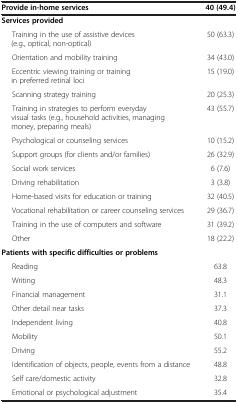
<table><thead><tr><td><b>Provide in-home services</b></td><td><b>40 (49.4)</b></td></tr></thead><tbody><tr><td><b>Services provided</b></td><td> </td></tr><tr><td>Training in the use of assistive devices (e.g., optical, non-optical)</td><td>50 (63.3)</td></tr><tr><td>Orientation and mobility training</td><td>34 (43.0)</td></tr><tr><td>Eccentric viewing training or training in preferred retinal loci</td><td>15 (19.0)</td></tr><tr><td>Scanning strategy training</td><td>20 (25.3)</td></tr><tr><td>Training in strategies to perform everyday visual tasks (e.g., household activities, managing money, preparing meals)</td><td>43 (55.7)</td></tr><tr><td>Psychological or counseling services</td><td>10 (15.2)</td></tr><tr><td>Support groups (for clients and/or families)</td><td>26 (32.9)</td></tr><tr><td>Social work services</td><td>6 (7.6)</td></tr><tr><td>Driving rehabilitation</td><td>3 (3.8)</td></tr><tr><td>Home-based visits for education or training</td><td>32 (40.5)</td></tr><tr><td>Vocational rehabilitation or career counseling services</td><td>29 (36.7)</td></tr><tr><td>Training in the use of computers and software</td><td>31 (39.2)</td></tr><tr><td>Other</td><td>18 (22.2)</td></tr><tr><td><b>Patients with specific difficulties or problems</b></td><td> </td></tr><tr><td>Reading</td><td>63.8</td></tr><tr><td>Writing</td><td>48.3</td></tr><tr><td>Financial management</td><td>31.1</td></tr><tr><td>Other detail near tasks</td><td>37.3</td></tr><tr><td>Independent living</td><td>40.8</td></tr><tr><td>Mobility</td><td>50.1</td></tr><tr><td>Driving</td><td>55.2</td></tr><tr><td>Identification of objects, people, events from a distance</td><td>48.8</td></tr><tr><td>Self care/domestic activity</td><td>32.8</td></tr><tr><td>Emotional or psychological adjustment</td><td>35.4</td></tr></tbody></table>